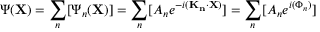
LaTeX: \Psi ( \mathbf { X } ) = \sum _ { n } [ \Psi _ { n } ( \mathbf { X } ) ] = \sum _ { n } [ A _ { n } e ^ { - i ( \mathbf { K _ { n } } \cdot \mathbf { X } ) } ] = \sum _ { n } [ A _ { n } e ^ { i ( \Phi _ { n } ) } ]